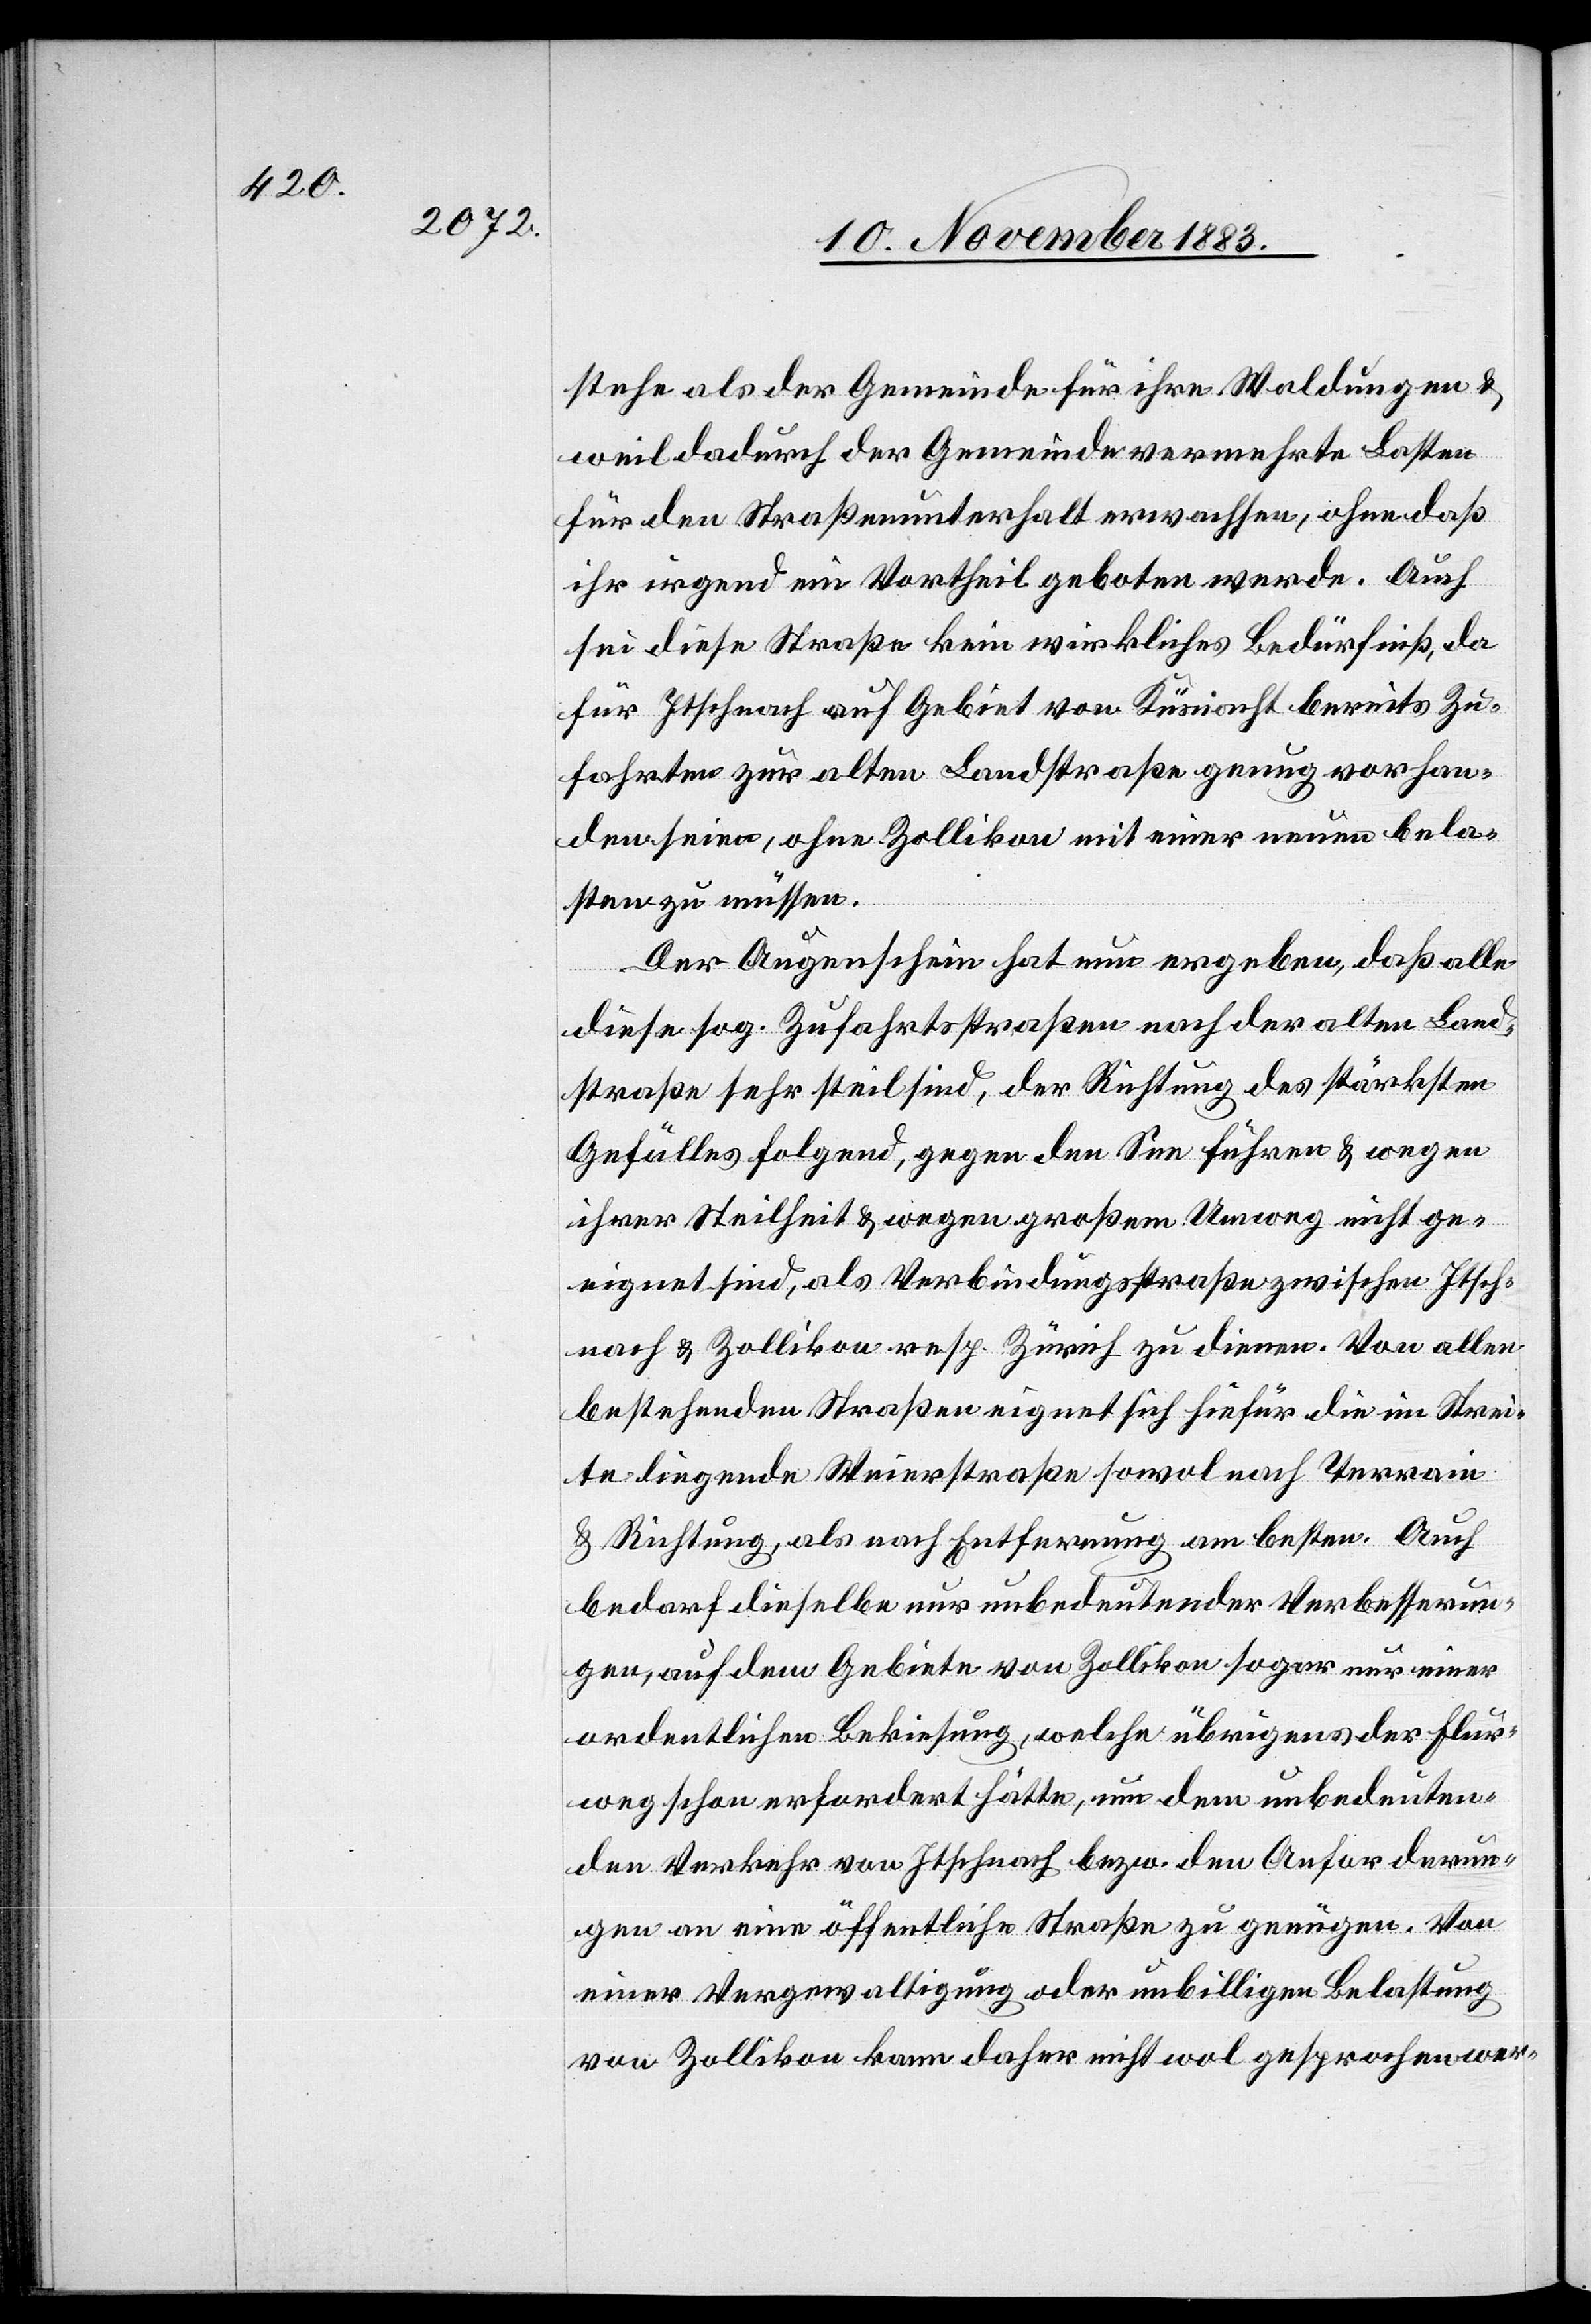
stehe als der Gemeinde für ihre Waldungen &
weil dadurch der Gemeinde vermehrte Lasten
für den Straßenunterhalt erwachsen, ohne daß
ihr irgend ein Vortheil geboten werde. Auch
sei diese Straße kein wirkliches Bedürfniß, da
für Itschnach auf Gebiet von Küsnacht bereits Zu¬
fahrten zur alten Landstraße genug vorhan¬
den seien, ohne Zollikon mit einer neuen bela¬
sten zu müssen.
Der Augenschein hat nun ergeben, daß alle
diese sog. Zufahrtsstraßen nach der alten Land¬
straße sehr steil sind, der Richtung des stärksten
Gefälles folgend, gegen den See führen & wegen
ihrer Steilheit & wegen großem Umweg nicht ge¬
eignet sind, als Verbindungsstraßen zwischen Itsch¬
nach & Zollikon resp. Zürich zu dienen. Von allen
bestehenden Straßen eignet sich hiefür die im Strei¬
te liegende Weierstraße sowol nach Terrain
& Richtung, als nach Entsprechung am besten. Auch
bedarf dieselbe nur unbedeutender Verbesserun¬
gen, auf dem Gebiete von Zollikon sogar nur einer
ordentlichen Bekiesung, welche übrigens der Flur¬
weg schon erfordert hätte, um dem unbedeuten¬
den Verkehr von Itschnach bezw. den Anforderun¬
gen an eine öffentliche Straße zu genügen. Von
einer Vergewaltigung oder unbilligen Belastung
von Zollikon kann daher nicht wol gesprochen wer-